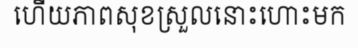
ហើយភាពសុខស្រួលនោះហោះមក